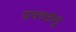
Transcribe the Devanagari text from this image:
प्रयच्छंतु